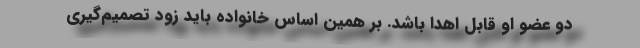
دو عضو او قابل اهدا باشد. بر همین اساس خانواده باید زود تصمیم‌گیری